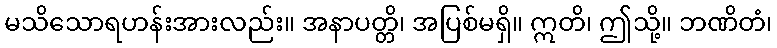
မသိသောရဟန်းအားလည်း။ အနာပတ္တိ၊ အပြစ်မရှိ။ ဣတိ၊ ဤသို့။ ဘဏိတံ၊